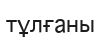
тұлғаны